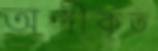
অঙ্গীকৃত